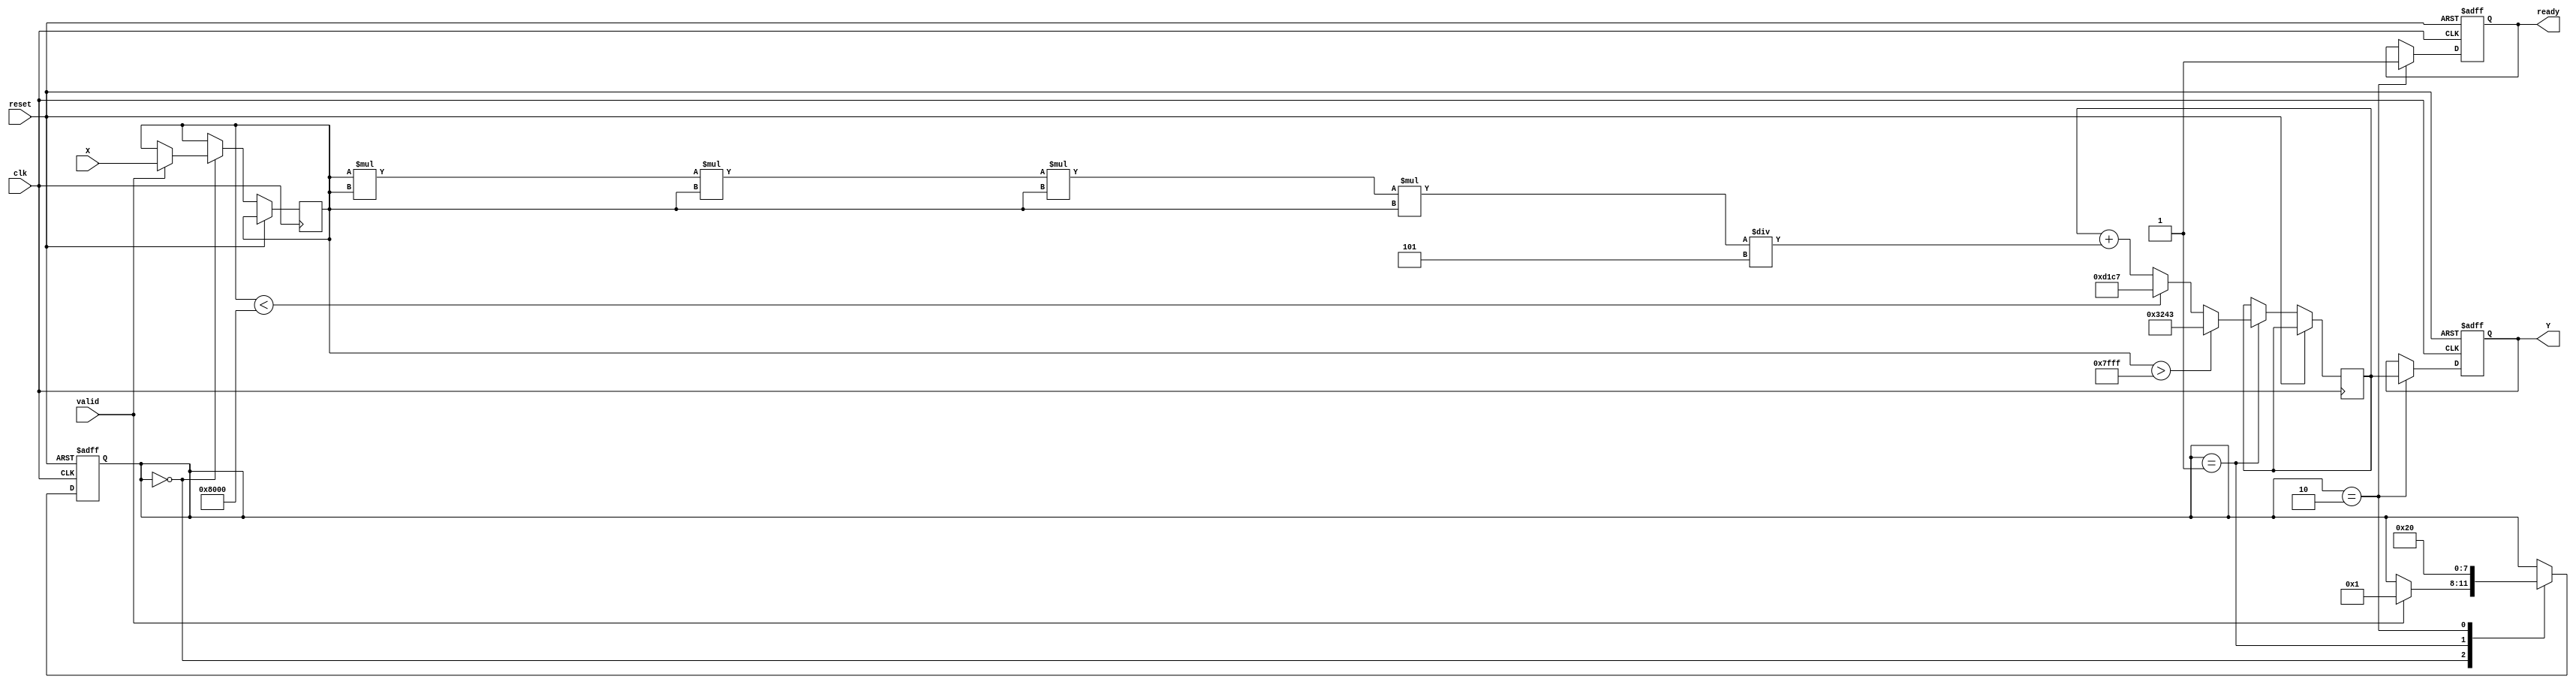
module atan_block (
    input wire clk,
    input wire reset,
    input wire [15:0] X, // Fixed-point input (e.g., 16.16 format)
    output reg [15:0] Y, // Fixed-point output (e.g., 16.16 format)
    input wire valid,     // Input valid signal
    output reg ready      // Output ready signal
);

    // Constants for fixed-point representation
    parameter PI_OVER_2 = 16'h3243; // /2 in 16.16 fixed-point format
    parameter NEG_PI_OVER_2 = 16'hD1C7; // -/2 in 16.16 fixed-point format

    // Internal variables
    reg [15:0] input_val;
    reg [15:0] result;
    reg [3:0] state;

    // State machine for processing
    always @(posedge clk or posedge reset) begin
        if (reset) begin
            Y <= 0;
            ready <= 0;
            state <= 0;
        end else begin
            case (state)
                0: begin
                    if (valid) begin
                        input_val <= X;
                        state <= 1;
                    end
                end
                1: begin
                    // Handle edge cases
                    if (input_val > 16'h7FFF) begin // X > +infinity
                        result <= PI_OVER_2;
                    end else if (input_val < 16'h8000) begin // X < -infinity
                        result <= NEG_PI_OVER_2;
                    end else begin
                        // Simple polynomial approximation: atan(x)  x - (x^3)/3 + (x^5)/5
                        result <= input_val; // First term
                        result <= result - (input_val * input_val * input_val) / 16'h0003; // Second term
                        result <= result + (input_val * input_val * input_val * input_val * input_val) / 16'h0005; // Third term
                    end
                    state <= 2;
                end
                2: begin
                    Y <= result; // Output the result
                    ready <= 1; // Indicate output is ready
                    state <= 0; // Go back to initial state
                end
            endcase
        end
    end
endmodule